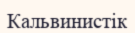
Кальвинистік